Lunatic asylums Central Provinces reports 1895-1909 - 1895-1909
Year: 1895
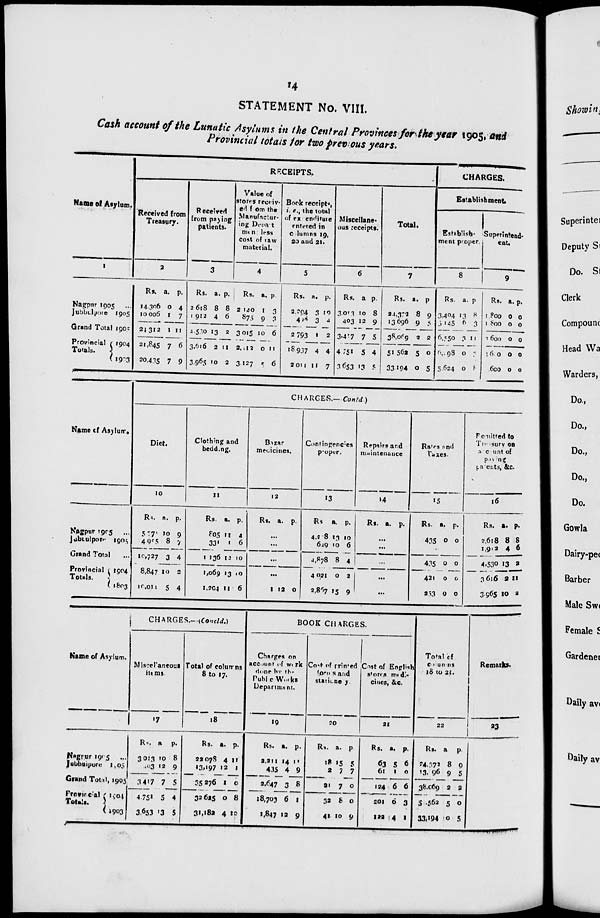
14
STATEMENT No. VIII.
Cash account of the Lunatic Asylums in the Central Provinces for the year 1905, and
Provincial totals for two previous years.
Name of Asylum.
1
Nagpur 1905
...
Jubbulpore 1905
Grand Total 1905
Provincial
Totals.
1904
1903
RECEIPTS.
Received from
Treasury.
2
Rs.
14,306
10,006
24,312
21,845
20,435
a.
0
1
1
7
7
p.
4
7
11
6
9
Received
from paying
patients.
3
Rs.
2,618
1,912
4,530
3,616
3,965
a.
8
4
13
2
10
p.
8
6
2
11
2
Value of
stores receiv-
ed from the
Manufactur-
ing Depart
ment less
cost of raw
material.
4
Rs.
2,140
875
3,015
2,112
3,127
a.
1
9
10
0
5
p.
3
3
6
11
6
Bock receipts,
i. e. the total
of expenditure
entered in
columns 19,
20 and 21.
5
Rs.
2,294
406
2,793
18,937
2,011
a.
3
3
1
4
11
p.
10
4
2
4
7
Miscellane-
ous receipts.
6
Rs.
3,013
403
3,417
4,751
3,653
a.
10
12
7
5
13
p.
8
9
5
4
5
Total.
7
Rs.
24,372
13,696
38,069
51,562
33,194
a.
8
9
2
5
0
p.
9
5
2
0
5
CHARGES.
Establishment
Establish-
ment proper.
8
Rs.
3,404
3,145
6,550
6, 98
5,624
a.
13
6
3
0
0
p.
8
3
11
3
8
Superintend-
ent.
9
Rs.
1,800
1,800
1,600
3,600
.600
a.
0
0
0
0
0
p.
0
0
0
0
0
Name of Asylum.
Nagpur 1905
...
Jubbulpore
1905
Grand Total...
Provincial
Totals.
1904
1803
CHARGES.— (Contd)
Diet.
10
Rs.
577
4,985
10,727
8,847
10,011
a.
10
8
3
10
5
p.
9
7
4
2
4
Clothing and
bedding.
11
Rs.
805
331
1,136
1,069
1,204
a.
11
1
12
13
11
p.
4
6
10
10
6
Bazar
medicines.
12
Rs. a. p.
...
...
...
...
1 12 0
Contingencies
proper.
13
Rs.
4,2 8
619
4,878
4,021
2,867
a.
13
10
8
0
15
p.
10
6
4
2
9
Repairs and
maintenance
14
Rs. a. p.
...
...
...
...
...
Rates and
Taxes.
15
Rs.
435
a.
0
p.
0
...
435
421
253
0
0
0
0
0
0
Remitted to
Treasury on
account of
paying of
patients, &c.
16
Rs.
2,618
1,912
4,530
3,616
3,965
a.
8
4
13
2
10
p.
8
6
2
11
2
Name of Asylum.
Nagpur 1905 ...
Jubbulpore 1905
Grand Total, 1905
Provincial
Totals.
1904
1903
CHARGES.—(Concld.)
Miscellaneous
items.
17
Rs.
3,013
403
3,417
4,751
3,653
a
10
12
7
5
13
p.
8
9
5
4
5
Total of columns
8 to 17.
18
Rs.
22,078
13,197
35,276
32,625
31,182
a.
4
12
1
0
4
p.
11
1
0
8
10
BOOK CHARGES.
Charges on
account of work
done by the
Public Works
Department.
19
Rs
2,211
435
2,647
18,703
1,847
a.
14
4
3
6
12
p.
11
9
8
1
9
Cost of printed
forms and
stationery.
20
Rs.
18
2
31
32
41
a.
15
7
7
8
10
p.
5
7
0
0
9
Cost of English
stores medi-
cines, &c.
21
Rs.
63
61
124
201
122
a.
5
1
6
0
4
p.
6
0
6
3
1
Total of
columns
18 to 21.
22
Rs.
24,372
13,96
38,069
5,562
33,194
a.
8
9
2
5
0
p.
9
5
2
0
5
Remarks.
23